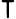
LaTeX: \intercal